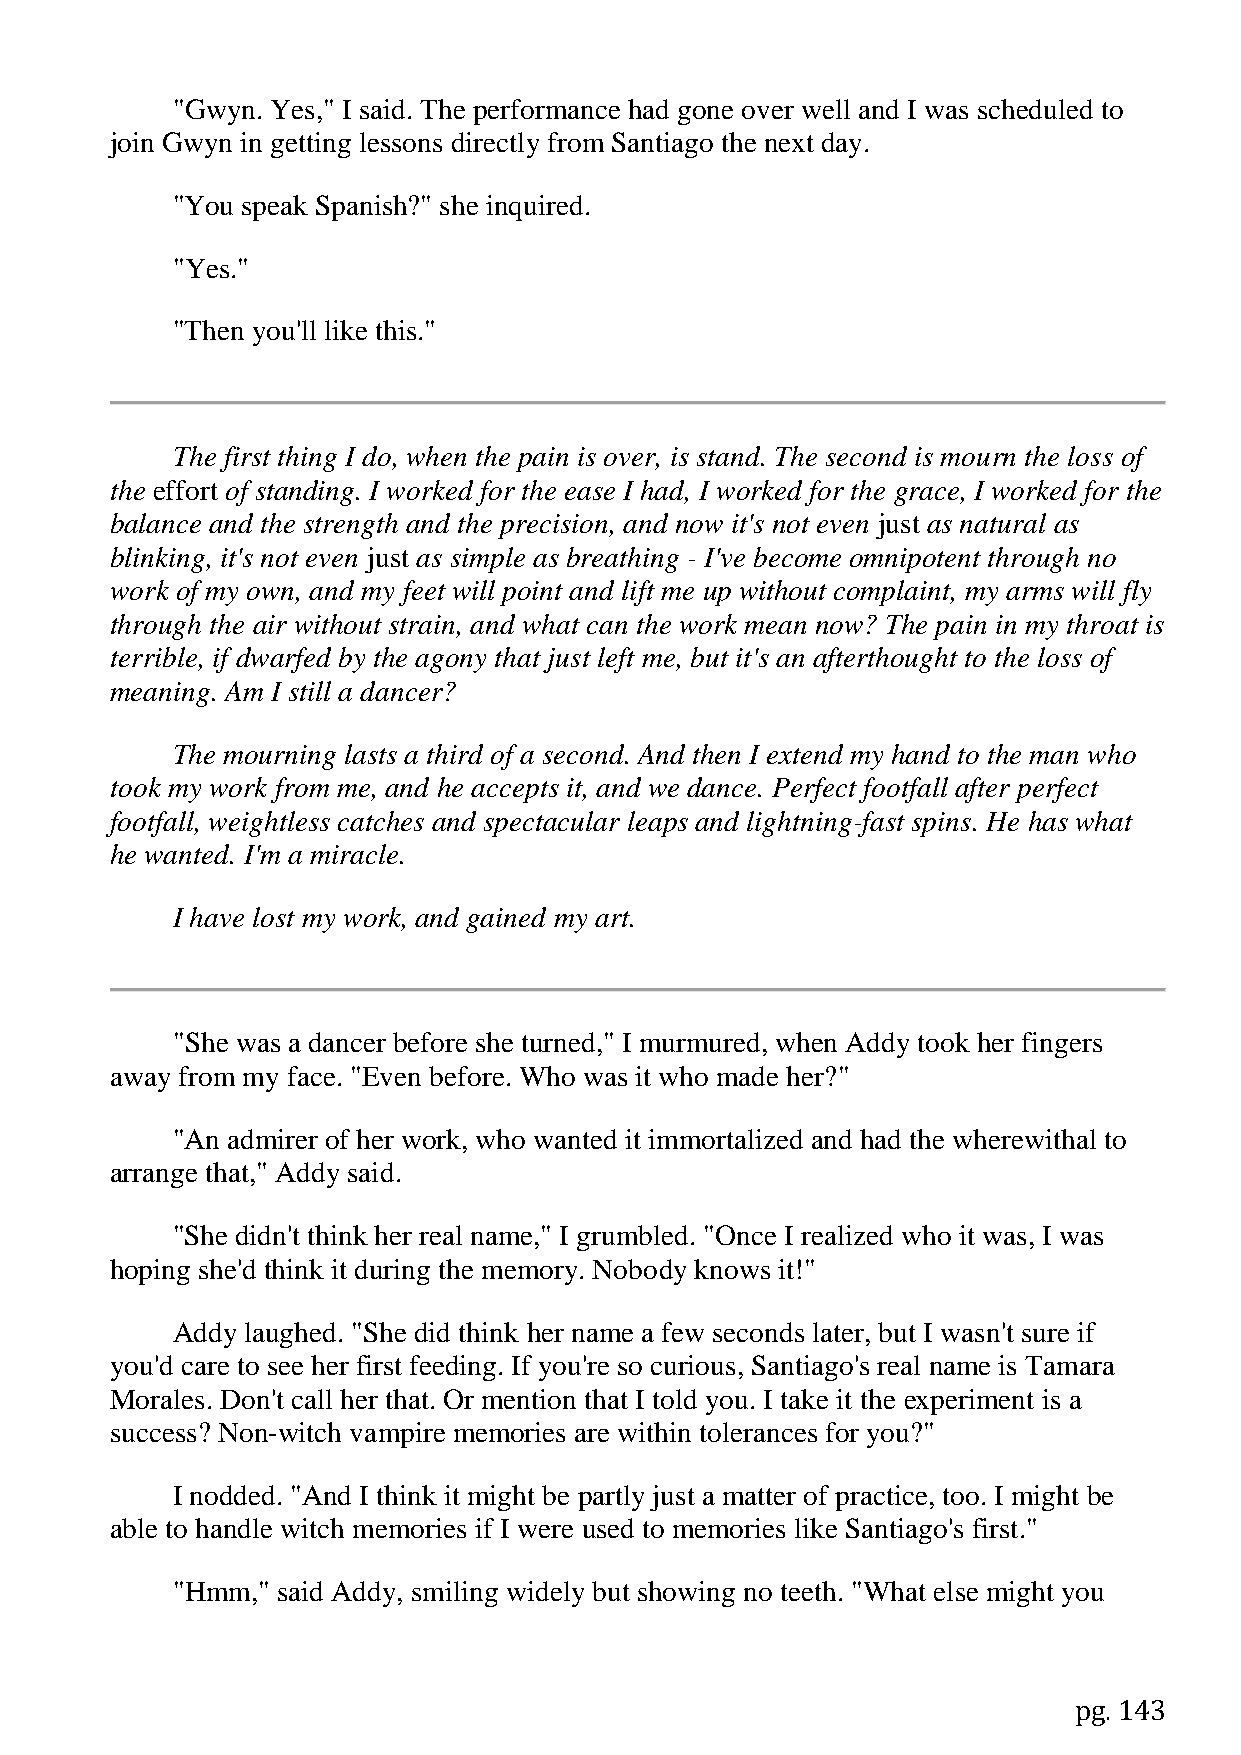
"Gwyn. Yes," I said. The performance had gone over well and I was scheduled to
 join Gwyn in getting lessons directly from Santiago the next day.
 "You speak Spanish?" she inquired.
 "Yes."
 "Then you'll like this."
 The first thing I do, when the pain is over, is stand. The second is mourn the loss of
 the effort of standing. I worked for the ease I had, I worked for the grace, I worked for the
 balance and the strength and the precision, and now it's not even just as natural as
 blinking, it's not even just as simple as breathing - I've become omnipotent through no
 work of my own, and my feet will point and lift me up without complaint, my arms will fly
 through the air without strain, and what can the work mean now? The pain in my throat is
 terrible, if dwarfed by the agony that just left me, but it's an afterthought to the loss of
 meaning. Am I still a dancer?
 The mourning lasts a third of a second. And then I extend my hand to the man who
 took my work from me, and he accepts it, and we dance. Perfect footfall after perfect
 footfall, weightless catches and spectacular leaps and lightning-fast spins. He has what
 he wanted. I'm a miracle.
 I have lost my work, and gained my art.
 "She was a dancer before she turned," I murmured, when Addy took her fingers
 away from my face. "Even before. Who was it who made her?"
 "An admirer of her work, who wanted it immortalized and had the wherewithal to
 arrange that," Addy said.
 "She didn't think her real name," I grumbled. "Once I realized who it was, I was
 hoping she'd think it during the memory. Nobody knows it!"
 Addy laughed. "She did think her name a few seconds later, but I wasn't sure if
 you'd care to see her first feeding. If you're so curious, Santiago's real name is Tamara
 Morales. Don't call her that. Or mention that I told you. I take it the experiment is a
 success? Non-witch vampire memories are within tolerances for you?"
 I nodded. "And I think it might be partly just a matter of practice, too. I might be
 able to handle witch memories if I were used to memories like Santiago's first."
 "Hmm," said Addy, smiling widely but showing no teeth. "What else might you
 pg. 143